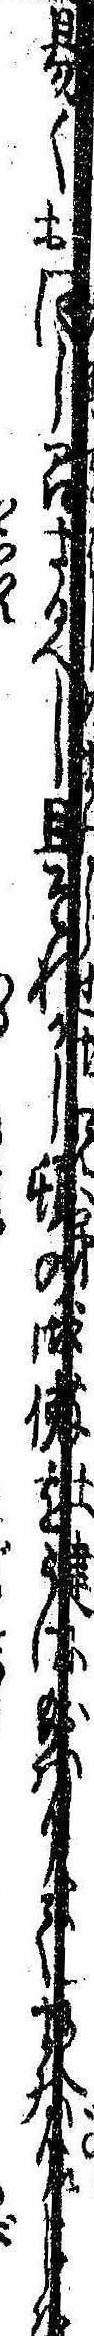
易くおし召さるべし且それがし頓の御使をうけ給はりてまゐりしかは